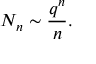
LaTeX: N _ { n } \sim { \frac { q ^ { n } } { n } } .